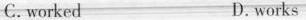
C.worked D.works